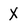
Character: X